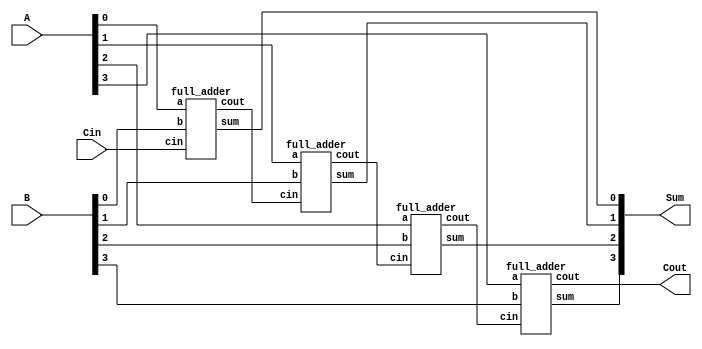
module top(A, B, Cin, Sum, Cout);
	input [3:0] A, B;
	input Cin;
	output [3:0] Sum;
	output Cout;
	wire [2:0]CO;
	full_adder F1(A[0], B[0],   Cin, Sum[0], CO[0]);
	full_adder F2(A[1], B[1], CO[0], Sum[1], CO[1]);
	full_adder F3(A[2], B[2], CO[1], Sum[2], CO[2]);
	full_adder F4(A[3], B[3], CO[2], Sum[3], Cout);
endmodule

module full_adder (a, b, cin, sum, cout);
	input a,b,cin;
	output sum, cout;
	assign sum  = (a^b)^cin;
	assign cout = ((a^b) ? cin : b);
endmodule